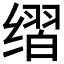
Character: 𰬶